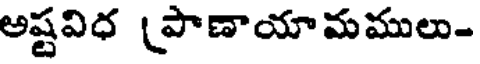
అష్టవిధ (పాణాయామములు-